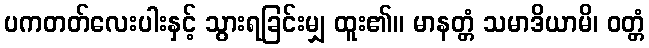
ပကတတ်လေးပါးနှင့် သွားရခြင်းမျှ ထူး၏။ မာနတ္တံ သမာဒိယာမိ၊ ဝတ္တံ